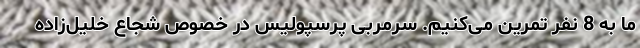
ما به 8 نفر تمرین می‌کنیم. سرمربی پرسپولیس در خصوص شجاع خلیل‌زاده